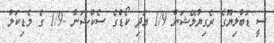
ސީ ޑަބްލިޔޫގެ ރެގިޔުލޭޝަން 1/9 އަދި ކޯޑްގެ ސެކްޝަން -1/9 ގެ މެޑިކަލް